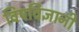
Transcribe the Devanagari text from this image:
विषविज्ञानी